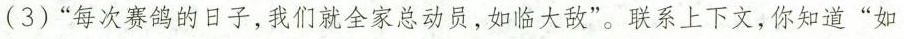
(3)“每次赛鸽的日子，我们就全家总动员。如临大敌"。联系上下文，你知道“如